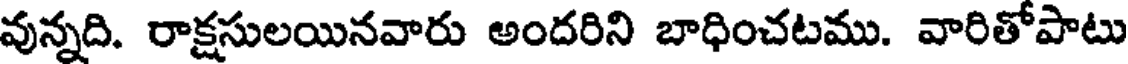
వున్నది. రాక్షసులయినవారు అందరిని బాధించటము. వారితోపాటు